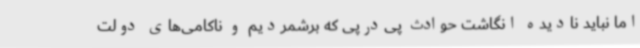
اما نباید نادیده انگاشت حوادث پی‌درپی که برشمردیم و ناکامی‌های دولت